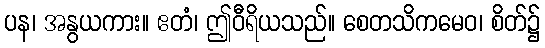
ပန၊ အနွယကား။ ဧတံ၊ ဤဝီရိယသည်။ စေတသိကမေဝ၊ စိတ်၌